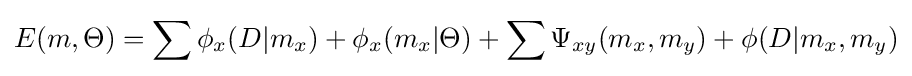
E(m,\Theta )=\sum \phi _{x}(D|m_{x})+\phi _{x}(m_{x}|\Theta )+\sum \Psi _{xy}(m_{x},m_{y})+\phi (D|m_{x},m_{y})